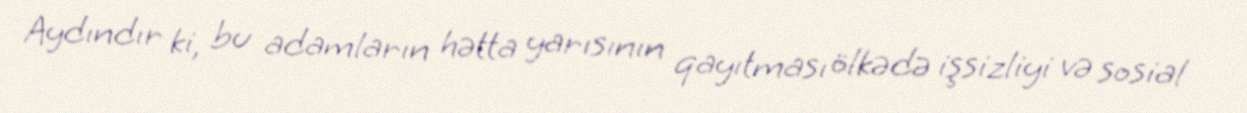
Aydındır ki, bu adamların hətta yarısının qayıtması ölkədə işsizliyi və sosial